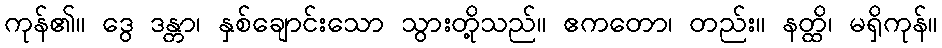
ကုန်၏။ ဒွေ ဒန္တာ၊ နှစ်ချောင်းသော သွားတို့သည်။ ဧကတော၊ တည်း။ နတ္ထိ၊ မရှိကုန်။